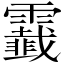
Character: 𩆧